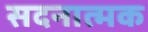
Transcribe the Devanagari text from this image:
सदनात्मक